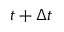
t + \Delta t